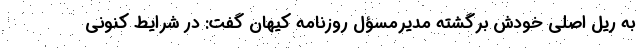
به ریل اصلی خودش برگشته مدیرمسؤل روزنامه کیهان گفت: در شرایط کنونی